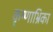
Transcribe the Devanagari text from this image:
कृष्णाभ्रिका